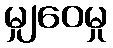
မျှဝေမှု